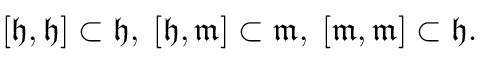
[ { \mathfrak { h } } , { \mathfrak { h } } ] \subset { \mathfrak { h } } , \; [ { \mathfrak { h } } , { \mathfrak { m } } ] \subset { \mathfrak { m } } , \; [ { \mathfrak { m } } , { \mathfrak { m } } ] \subset { \mathfrak { h } } .